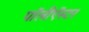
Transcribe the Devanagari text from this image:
पॉलीऍस्टर